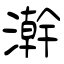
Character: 澣